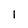
Character: 1